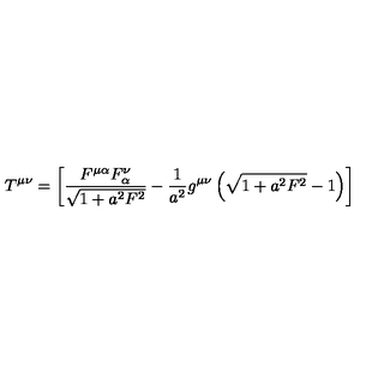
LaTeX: T ^ { \mu \nu } = \left[ \frac { F ^ { \mu \alpha } F _ { \alpha } ^ { \nu } } { \sqrt { 1 + a ^ { 2 } F ^ { 2 } } } - \frac { 1 } { a ^ { 2 } } g ^ { \mu \nu } \left( \sqrt { 1 + a ^ { 2 } F ^ { 2 } } - 1 \right) \right]